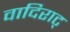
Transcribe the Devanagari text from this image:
वादिराट्